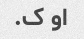
او ک.